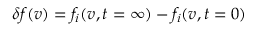
{ \delta f ( \boldsymbol { v } ) = f _ { i } ( \boldsymbol { v } , t = \infty ) - f _ { i } ( \boldsymbol { v } , t = 0 ) }